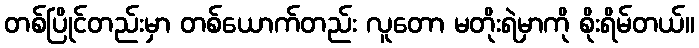
တစ်ပြိုင်တည်းမှာ တစ်ယောက်တည်း လူတော မတိုးရဲမှာကို စိုးရိမ်တယ်။